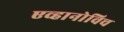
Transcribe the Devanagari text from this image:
एव्हानोविच